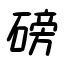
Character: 磅